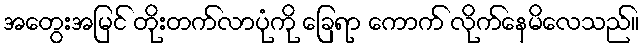
အတွေးအမြင် တိုးတက်လာပုံကို ခြေရာ ကောက် လိုက်နေမိလေသည်။